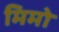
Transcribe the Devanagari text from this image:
मिमो